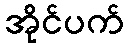
အိုင်ပက်